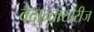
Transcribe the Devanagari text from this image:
वेदान्ताखेरीज